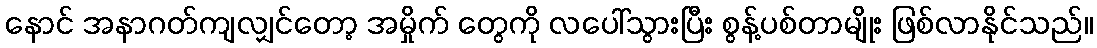
နောင် အနာဂတ်ကျလျှင်တော့ အမှိုက် တွေကို လပေါ်သွားပြီး စွန့်ပစ်တာမျိုး ဖြစ်လာနိုင်သည်။